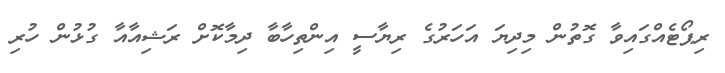
ރިޕޯޓެއްގައިވާ ގޮތުން މިދިޔަ އަހަރުގެ ރިޔާސީ އިންތިހާބާ ދިމާކޮށް ރަޝިއާއާ ގުޅުން ހުރި